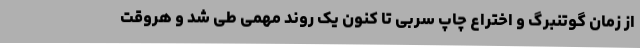
از زمان گوتنبرگ و اختراع چاپ سربی تا کنون یک روند مهمی طی شد و هروقت